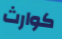
كوارث